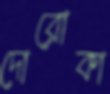
দোরোকা